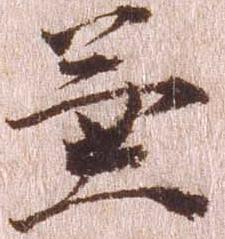
兼